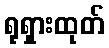
ရုရှားထုတ်